Civil Veterinary Department. Madras. Admin. report 1910-25 - 1910-1925
Year: 1910
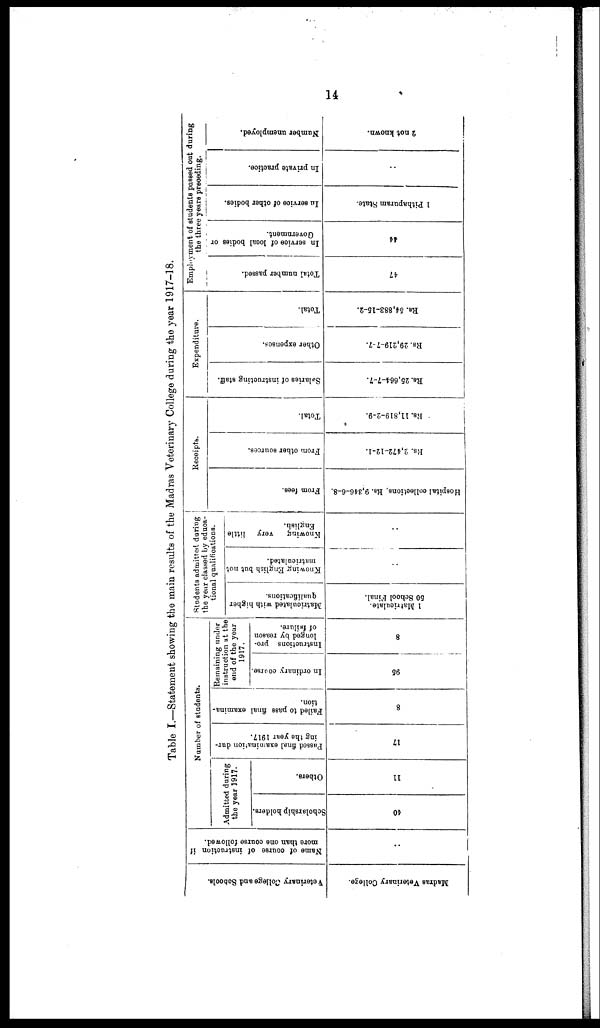
14
Table I.—Statement showing the main results of the Madras Veterinary College during the year 1917-18.
Veterinary College and Schools.
Madras Veterinary College.
Name of course of instruction if
more than one course followed.
..
Number of students.
Admitted during
the year 1917.
Scholarship holders.
40
Others.
11
Passed final examination dur-
ing the year 1917.
17
Failed to pass final examina-
tion.
8
Remaining under
instruction at the
end of the year
1917.
In ordinary course.
95
Instructions pro-
longed by reason
of failure.
8
Students admitted during
the year classed by educa-
tional qualifications.
Matriculated with higher
qualifications.
1 Matriculate.
50 School Final.
Knowing English hut not
matriculated.
..
Knowing
very little
English.
..
Fr om fees.
Hospital collections, Rs. 9,346-6-8.
Receipts.
From other Rources
Rs. 2,472-12-1.
Total.
Rs.
11,819-2-9.
Expenditure.
Salaries of instructing
staff.
Rs. 25,664-7-7.
Other expenses.
Rs. 29,219-7-7.
Total.
Rs. 54,883-15-2.
Employment of students passed out during
the three years preceding.
Total number passed.
47
In service
of local bodies or
Government.
44
In service of other bodies.
1 Pithapuram State.
In private practice.
..
Number unemployed.
2 not known.